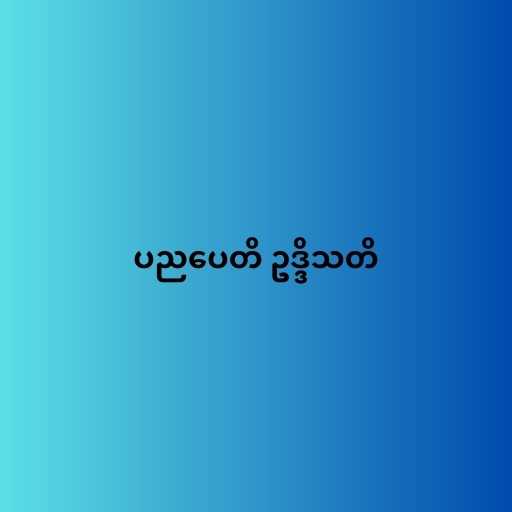
ပညပေတိ ဥဒ္ဒိသတိ